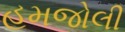
હમજોલી